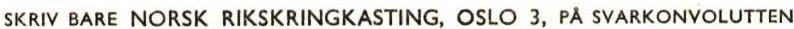
SKRIV BARE NORSK RIKSKRINGKASTING, OSLO 3, PÅ SVARKONVOLUTTEN